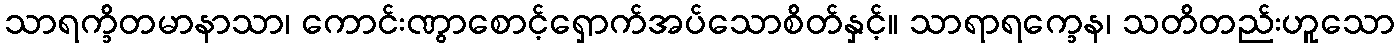
သာရက္ခိတမာနာသာ၊ ကောင်းဏွာစောင့်ရှောက်အပ်သောစိတ်နှင့်။ သာရာရက္ခေန၊ သတိတည်းဟူသော